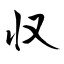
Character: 収